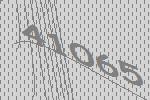
41065